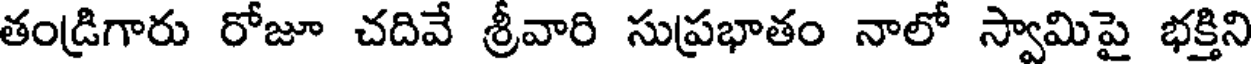
తండ్రిగారు రోజూ చదివే శ్రీవారి సుప్రభాతం నాలో స్వామిపై భక్తిని